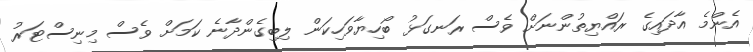
އެންމެ އާދައިގެ ރައްޔިތުންނަށް ވެސް ރަނގަޅު ބޯހިޔާވަހިކަން ލިބިގެންދާނެ ކަމަށް ވެސް މިނިސްޓަރު